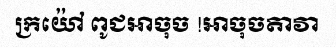
ក្រយ៉ៅ ពូជអាចុច !អាចុចតាវា